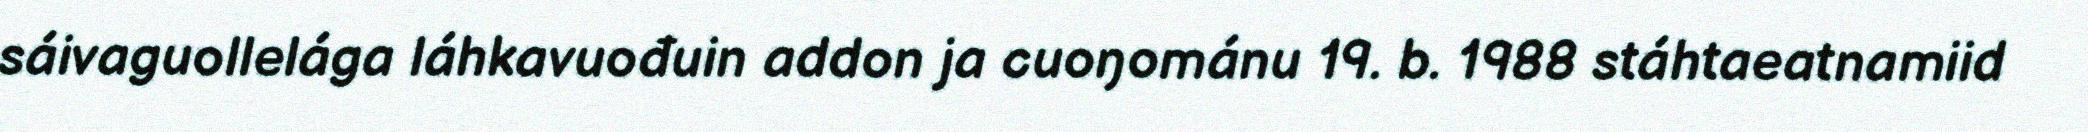
sáivaguollelága láhkavuođuin addon ja cuoŋománu 19. b. 1988 stáhtaeatnamiid